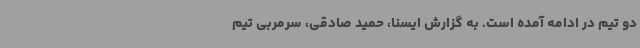
دو تیم در ادامه آمده است. به گزارش ایسنا، حمید صادقی، سرمربی تیم